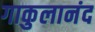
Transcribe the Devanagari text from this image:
गाकुलानंद